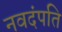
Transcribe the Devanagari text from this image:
नवदंपति